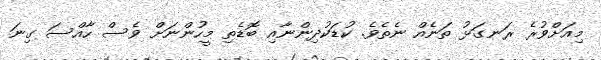
މިއަށްވުރެ ރަނގަޅު ތަނެއް ނެތެވެ. ކުޑަކުދިންނާއި ބޮޑެތި މީހުންނަށް ވެސް ހާއްސަ ގިނަ